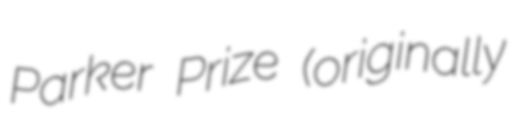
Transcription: Parker Prize (originally